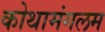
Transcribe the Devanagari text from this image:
कोथामंगलम